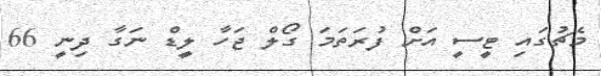
މެޗުގައި ޓީސީ އަށް ފުރަތަމަ ގޯލް ޖަހާ ލީޑް ނަގާ ދިނީ 66